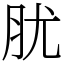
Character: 肬